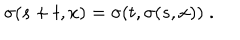
LaTeX: \sigma ( s + t , x ) = \sigma ( t , \sigma ( s , x ) ) \; .